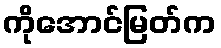
ကိုအောင်မြတ်က